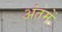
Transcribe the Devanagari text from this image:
अंतमें